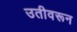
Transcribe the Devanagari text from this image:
उतीवरून